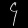
Digit: ၄